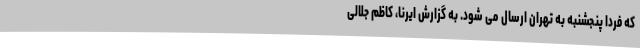
که فردا پنجشنبه به تهران ارسال می شود. به گزارش ایرنا، کاظم جلالی